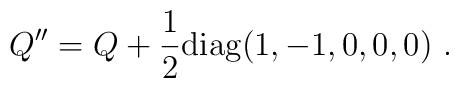
Q'' = Q + {1\over 2} {\rm diag}(1,-1,0,0,0) \ . \nonumber